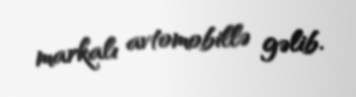
markalı avtomobillə gəlib.